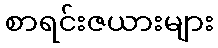
စာရင်းဇယားများ